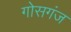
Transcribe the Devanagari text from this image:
गोसगंज